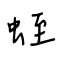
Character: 蛭